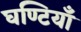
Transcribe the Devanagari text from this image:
घण्टियाँ